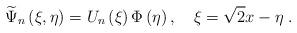
LaTeX: \begin{align*}\widetilde{\Psi }_{n}\left( \xi ,\eta \right) =U_{n}\left( \xi \right) \Phi\left( \eta \right) ,\quad \xi =\sqrt{2}x-\eta \;. \end{align*}